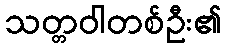
သတ္တဝါတစ်ဦး၏